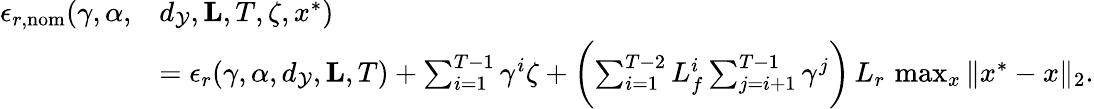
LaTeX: \begin{array}{rl}{\epsilon_{r,\textnormal{nom}}(\gamma,\alpha,}&{d_{\mathcal{Y}},\mathbf{L},T,\zeta,x^{*})}\\ &{=\epsilon_{r}(\gamma,\alpha,d_{\mathcal{Y}},\mathbf{L},T)+\sum_{i=1}^{T-1}\gamma^{i}\zeta+\biggl(\sum_{i=1}^{T-2}L_{f}^{i}\sum_{j=i+1}^{T-1}\gamma^{j}\biggr)\, L_{r}\, \operatorname*{max}_{x}\| x^{*}-x\| _{2}.}\end{array}